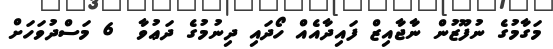
މަގާމުގެ ނުފޫޒުން ނާޖާއިޒް ފައިދާއެއް ހޯދައި ދިނުމުގެ ދަޢުވާ  6 މަސްދުވަހަށް